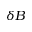
\delta B